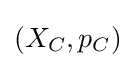
\left(X_{C},p_{C}\right)